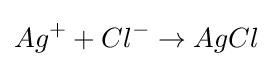
Ag^{+}+Cl^{-}\rightarrow AgCl